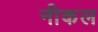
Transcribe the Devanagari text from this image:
नीकल